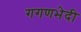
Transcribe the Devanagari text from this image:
गगणभेदी